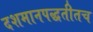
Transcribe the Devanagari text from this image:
दशमानपद्धतीतच